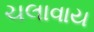
ચલાવાય